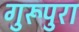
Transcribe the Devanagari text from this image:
गुरूपुरा